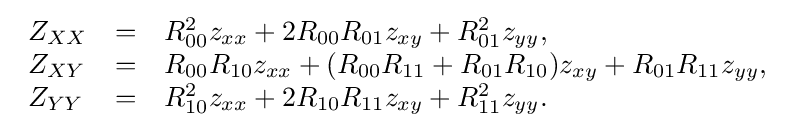
{\begin{array}{lcl}Z_{XX}&=&R_{00}^{2}z_{xx}+2R_{00}R_{01}z_{xy}+R_{01}^{2}z_{yy},\\Z_{XY}&=&R_{00}R_{10}z_{xx}+(R_{00}R_{11}+R_{01}R_{10})z_{xy}+R_{01}R_{11}z_{yy},\\Z_{YY}&=&R_{10}^{2}z_{xx}+2R_{10}R_{11}z_{xy}+R_{11}^{2}z_{yy}.\end{array}}